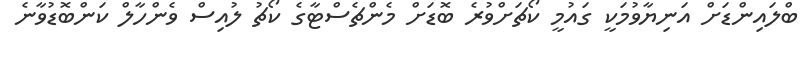
ބްލައިންޑަށް އަނިޔާވުމަކީ ގައުމީ ކޯޗަށްވުރެ ބޮޑަށް މެންޗެސްޓާގެ ކޯޗު ލުއިސް ވެންހާލް ކަންބޮޑުވާނެ